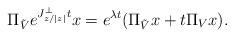
LaTeX: \begin{align*} \Pi_{\tilde{V}} e^{J_{z/|z|}^\perp t} x = e^{\lambda t}(\Pi_{\tilde{V}}x + t\Pi_{V} x).\end{align*}